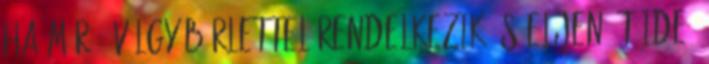
ha már 3 völgy bérlettel rendelkezik, síeljen át ide,